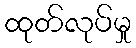
ထုတ်လုပ်မှု